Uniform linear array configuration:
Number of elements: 16
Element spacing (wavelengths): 0.5
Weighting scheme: exponential
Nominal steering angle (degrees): -15
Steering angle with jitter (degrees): -13.205
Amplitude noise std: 0.05
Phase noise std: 0.05

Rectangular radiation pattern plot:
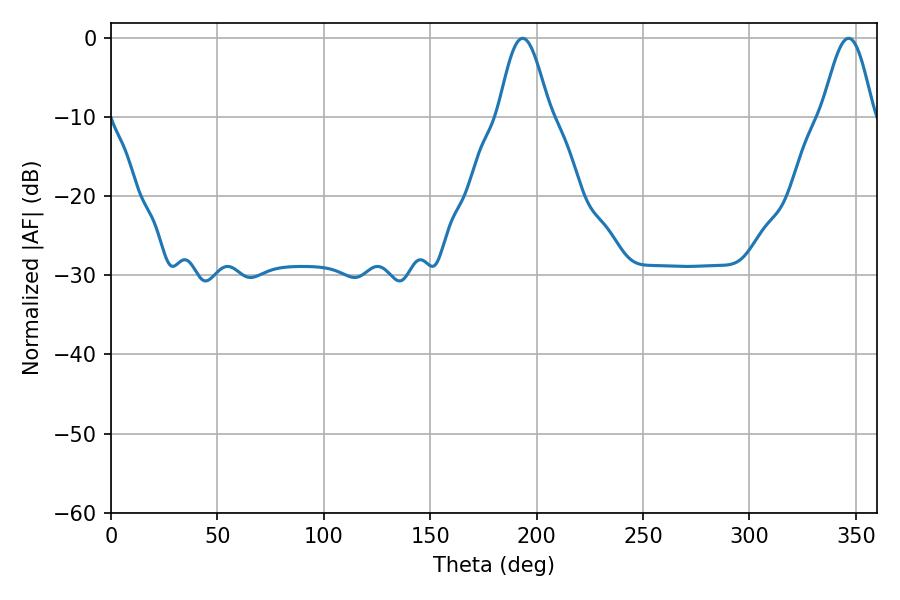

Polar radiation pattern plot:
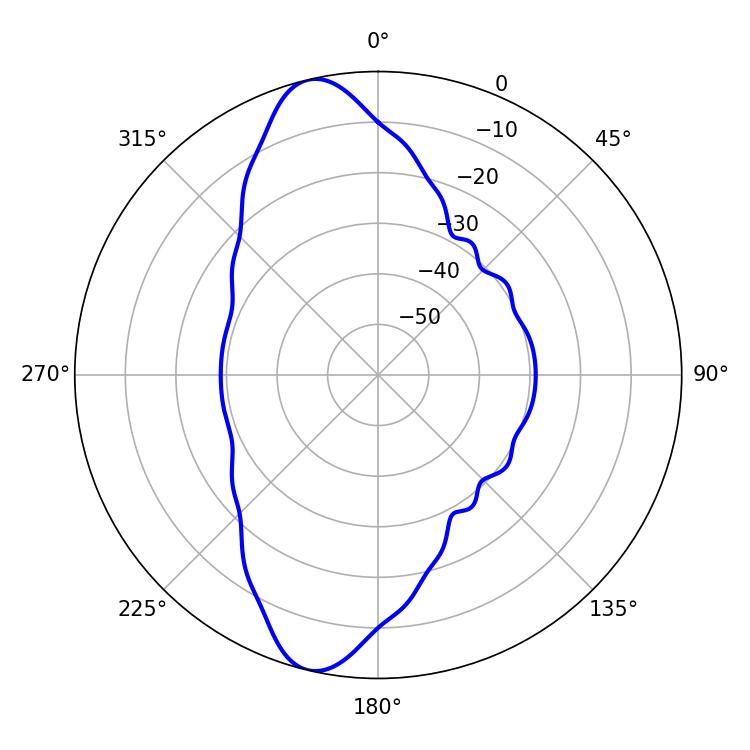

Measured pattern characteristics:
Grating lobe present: FALSE
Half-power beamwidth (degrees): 12.78
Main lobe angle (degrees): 193.5